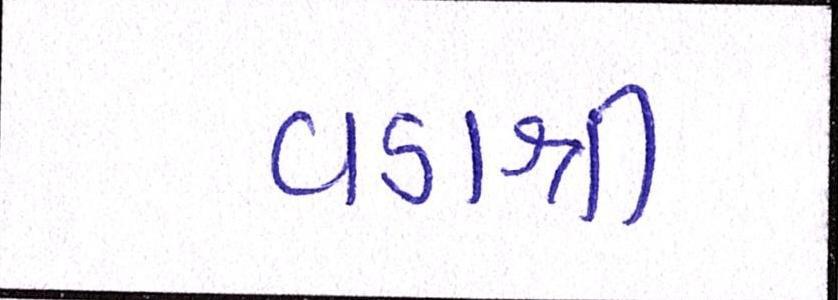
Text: વડાશ્રી